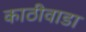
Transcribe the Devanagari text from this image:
काठीवाडा